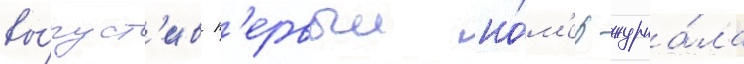
вы́пуст'ив п'ервыи но́м'ер журна́ла